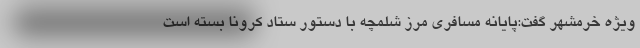
ویژه خرمشهر گفت:پایانه مسافری مرز شلمچه با دستور ستاد کرونا بسته است